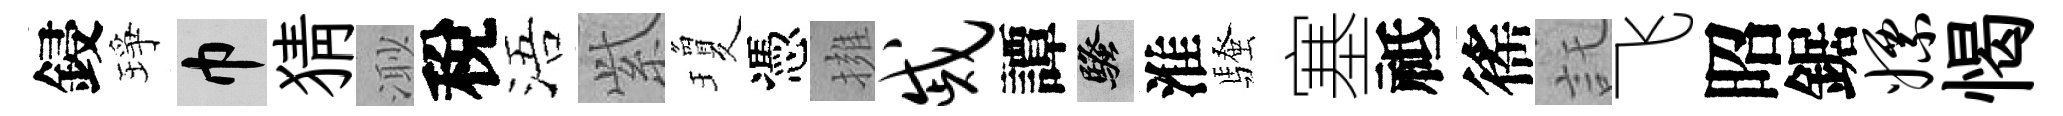
鋟琤巾猜𣺌稅浯𬗋瓊憑擁戚譚騷淮騷塞祗徭託飞昭鋸嫖愒